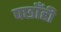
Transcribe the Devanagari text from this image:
पछाँही